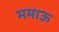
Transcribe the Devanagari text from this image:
ममाऊ